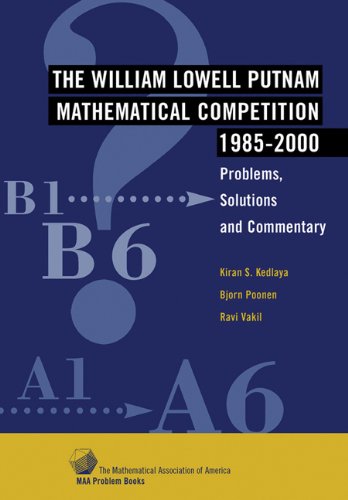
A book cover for The William Lowell Putnam Mathematical Competition 1985-2000: Problems, Solutions and Commentary (MAA Problem Book Series); Kiran S. Kedlaya; Science & Math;